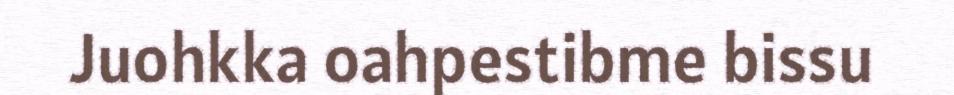
Juohkka oahpestibme bissu